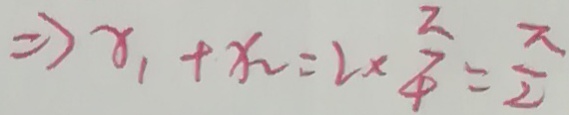
\Rightarrow x _ { 1 } + x _ { 2 } = 2 \times \frac { \pi } { 4 } = \frac { \pi } { 2 }